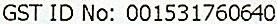
GST ID NO: 001531760640